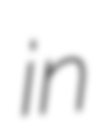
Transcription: in